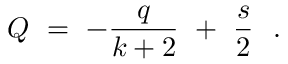
Q \ = \ - \frac { q } { k + 2 } \ + \ \frac { s } { 2 } \ \ .